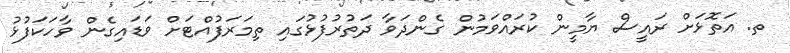
ތ. އަތޮޅަށް ރައީސް ޔާމީން ކުރައްވަމުން ގެންދަވާ ދަތުރުފުޅުގައި ތިމަރަފުއްޓަށް ވަޑައިގެން ވާހަކަފުޅު